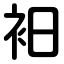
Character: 衵